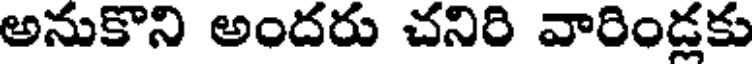
అనుకొని అందరు చనిరి వారిండ్లకు